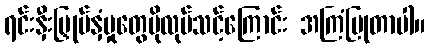
ရင်းနှီးမြှုပ်နှံမှုတွေပိုလုပ်သင့်ကြောင်း အကြံပြုတာပါ။